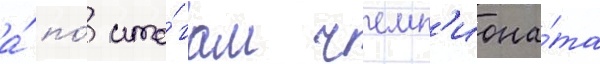
а́ по́ ито́гам чемп'иона́та